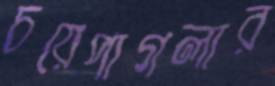
চয়েপাগলার